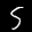
Label: 5